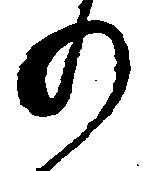
の